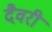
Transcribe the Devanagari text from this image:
दैवरी